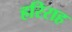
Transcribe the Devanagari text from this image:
हरिराह